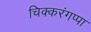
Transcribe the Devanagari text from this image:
चिक्करंगप्पा